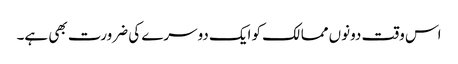
اس وقت دونوں ممالک کو ایک دوسرے کی ضرورت بھی ہے۔